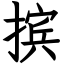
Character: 摈